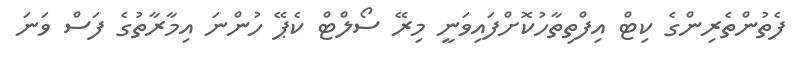
ފެތުންތެރިންގެ ކިޓް އިފްތިތާހުކޮށްފައިވަނީ މިރޭ ސޯލްޓް ކެޕޭ ހުންނަ އިމާރާތުގެ ފަސް ވަނަ